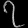
Digit: ၇